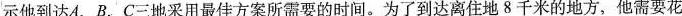
示他到达A，B，C三地采用最佳方案所需要的时间。为了到达离住地8千米的地方，他需要花